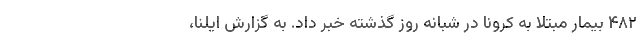
۴۸۲ بیمار مبتلا به کرونا در شبانه روز گذشته خبر داد. به گزارش ایلنا،